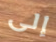
إلى